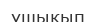
ұшықып